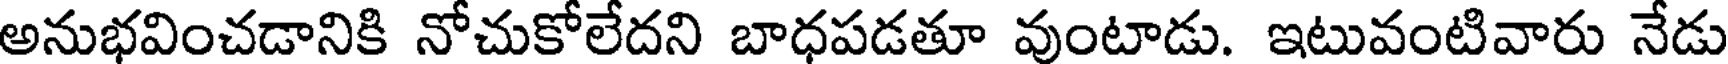
అనుభవించడానికి నోచుకోలేదని బాధపడతూ వుంటాడు. ఇటువంటివారు నేడు